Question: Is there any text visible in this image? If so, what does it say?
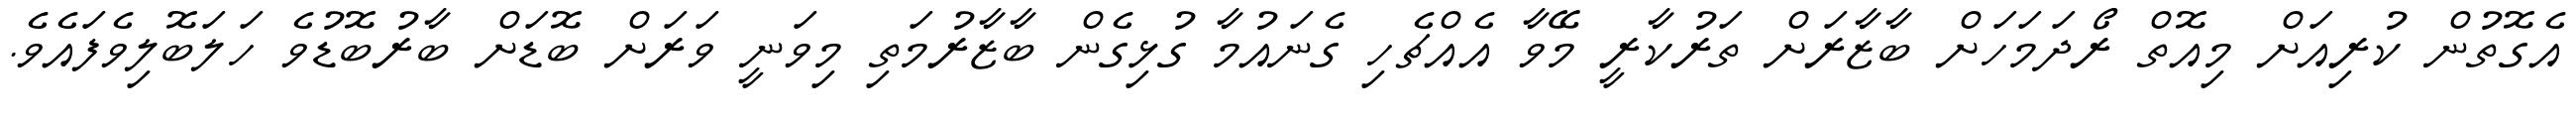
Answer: އެގޮތުން ކުރިއަށް މިއޮތް ރޯދަމަހަށް ބާޒާރަށް ތަރުކާރީ މޭވާ އެއްޗެހި ގެނައުމާ ގުޅިގެން ބާޒާރުމަތި މިވަނީ ވަރަށް ބޮޑަށް ބާރުބޮޑުވެ ހަލަބޮލިވެފައެވެ.